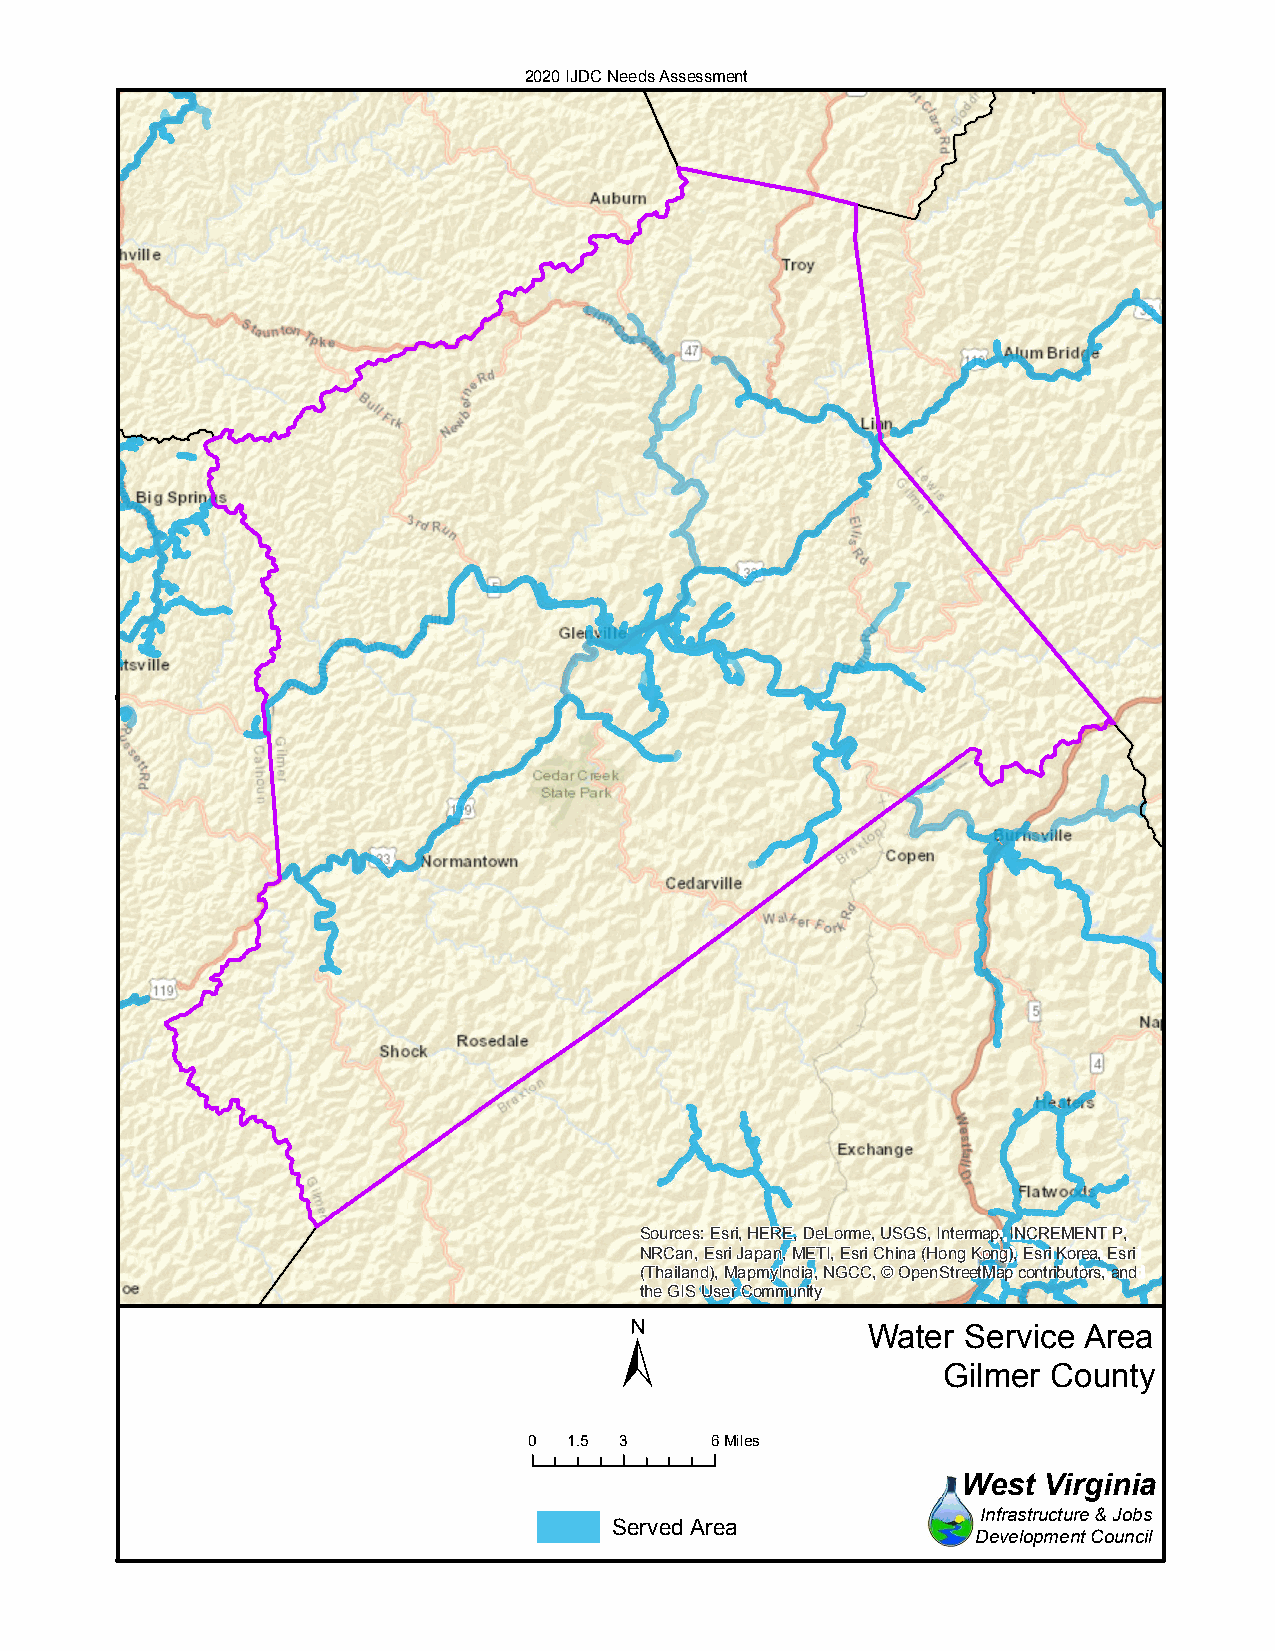
2020 IJDC Needs Assessment
 Sources: Esri, HERE, DeLorme, USGS, Intermap, INCREMENT P,
 NRCan, Esri Japan, METI, Esri China (Hong Kong), Esri Korea, Esri
 (Thailand), MapmyIndia, NGCC, © OpenStreetMap contributors, and
 the GIS User Community
 ±
 Water  Service Area
 Gilmer  County
 0  1.5 3    6Miles
 West Virginia
 Infrastructure & Jobs
 Served Area
 Development Council